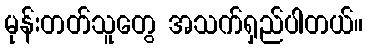
မုန်းတတ်သူတွေ အသက်ရှည်ပါတယ်။